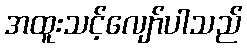
အထူးသင့်လျော်ပါသည်